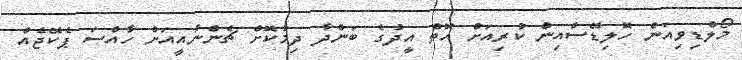
މޯލްޑިވިއަން ހޮލިޑޭސްއިން ކުރިއަށް އޮތް އީދުގެ ބަންދާ ދިމާކޮށް ޗެންނާއީއަށް ހާއްސަ ޕެކޭޖެއް